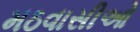
મઠવાસીઓ